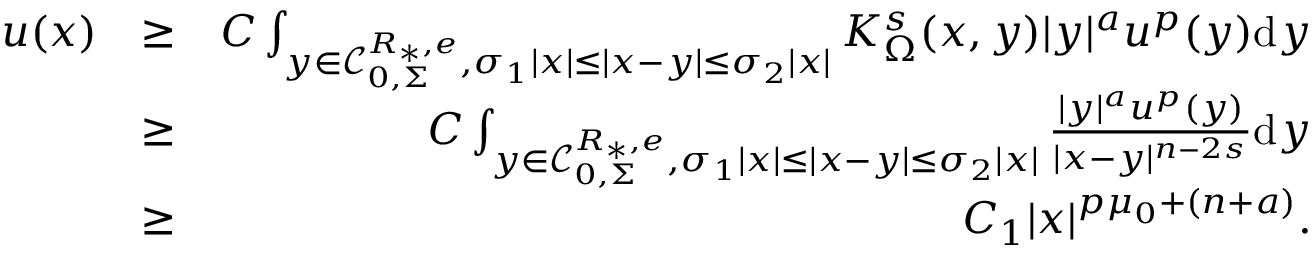
\begin{array} { r l r } { u ( x ) } & { \geq } & { C \int _ { y \in \mathcal C _ { 0 , \Sigma } ^ { R _ { \ast } , e } , \sigma _ { 1 } | x | \leq | x - y | \leq \sigma _ { 2 } | x | } K _ { \Omega } ^ { s } ( x , y ) | y | ^ { a } u ^ { p } ( y ) \mathrm d y } \\ & { \geq } & { C \int _ { y \in \mathcal C _ { 0 , \Sigma } ^ { R _ { \ast } , e } , \sigma _ { 1 } | x | \leq | x - y | \leq \sigma _ { 2 } | x | } \frac { | y | ^ { a } u ^ { p } ( y ) } { | x - y | ^ { n - 2 s } } \mathrm d y } \\ & { \geq } & { C _ { 1 } | x | ^ { p \mu _ { 0 } + ( n + a ) } . } \end{array}